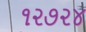
૧૨૭૨૪